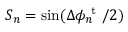
S _ { n } = \sin ( \Delta \phi _ { n } ^ { \mathrm { ~ t ~ } } / 2 )